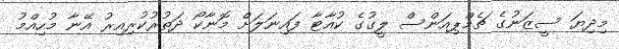
މިދިޔަ ސީޒަނުގެ ޗެމްޕިއަންސް ލީގުގެ ކުއާޓާ ފައިނަލަށް މޮނާކޯ ދަތުރުކުރިއިރު އޭނާ މުހިއްމު